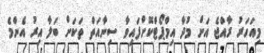
މިއަހަރު ރާއްޖެ އަށް މުދާ އިމްޕޯޓްކޮށްފައިވާ ސިނާއަތް ތަކަށް ބަލާ އިރު އެންމެ